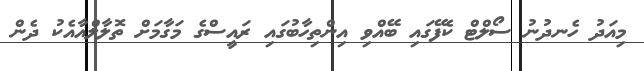
މިއަދު ހެނދުނު ސޯލްޓް ކެފޭގައި ބޭއްވި އިންތިހާބުގައި ރައީސްގެ މަގާމަށް ތޮލާލްއާއެކު ދެން